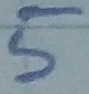
Text: 5